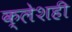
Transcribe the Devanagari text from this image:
क्लेशही